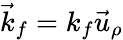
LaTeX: \vec{k}_{f}=k_{f}\vec{u}_{\rho}